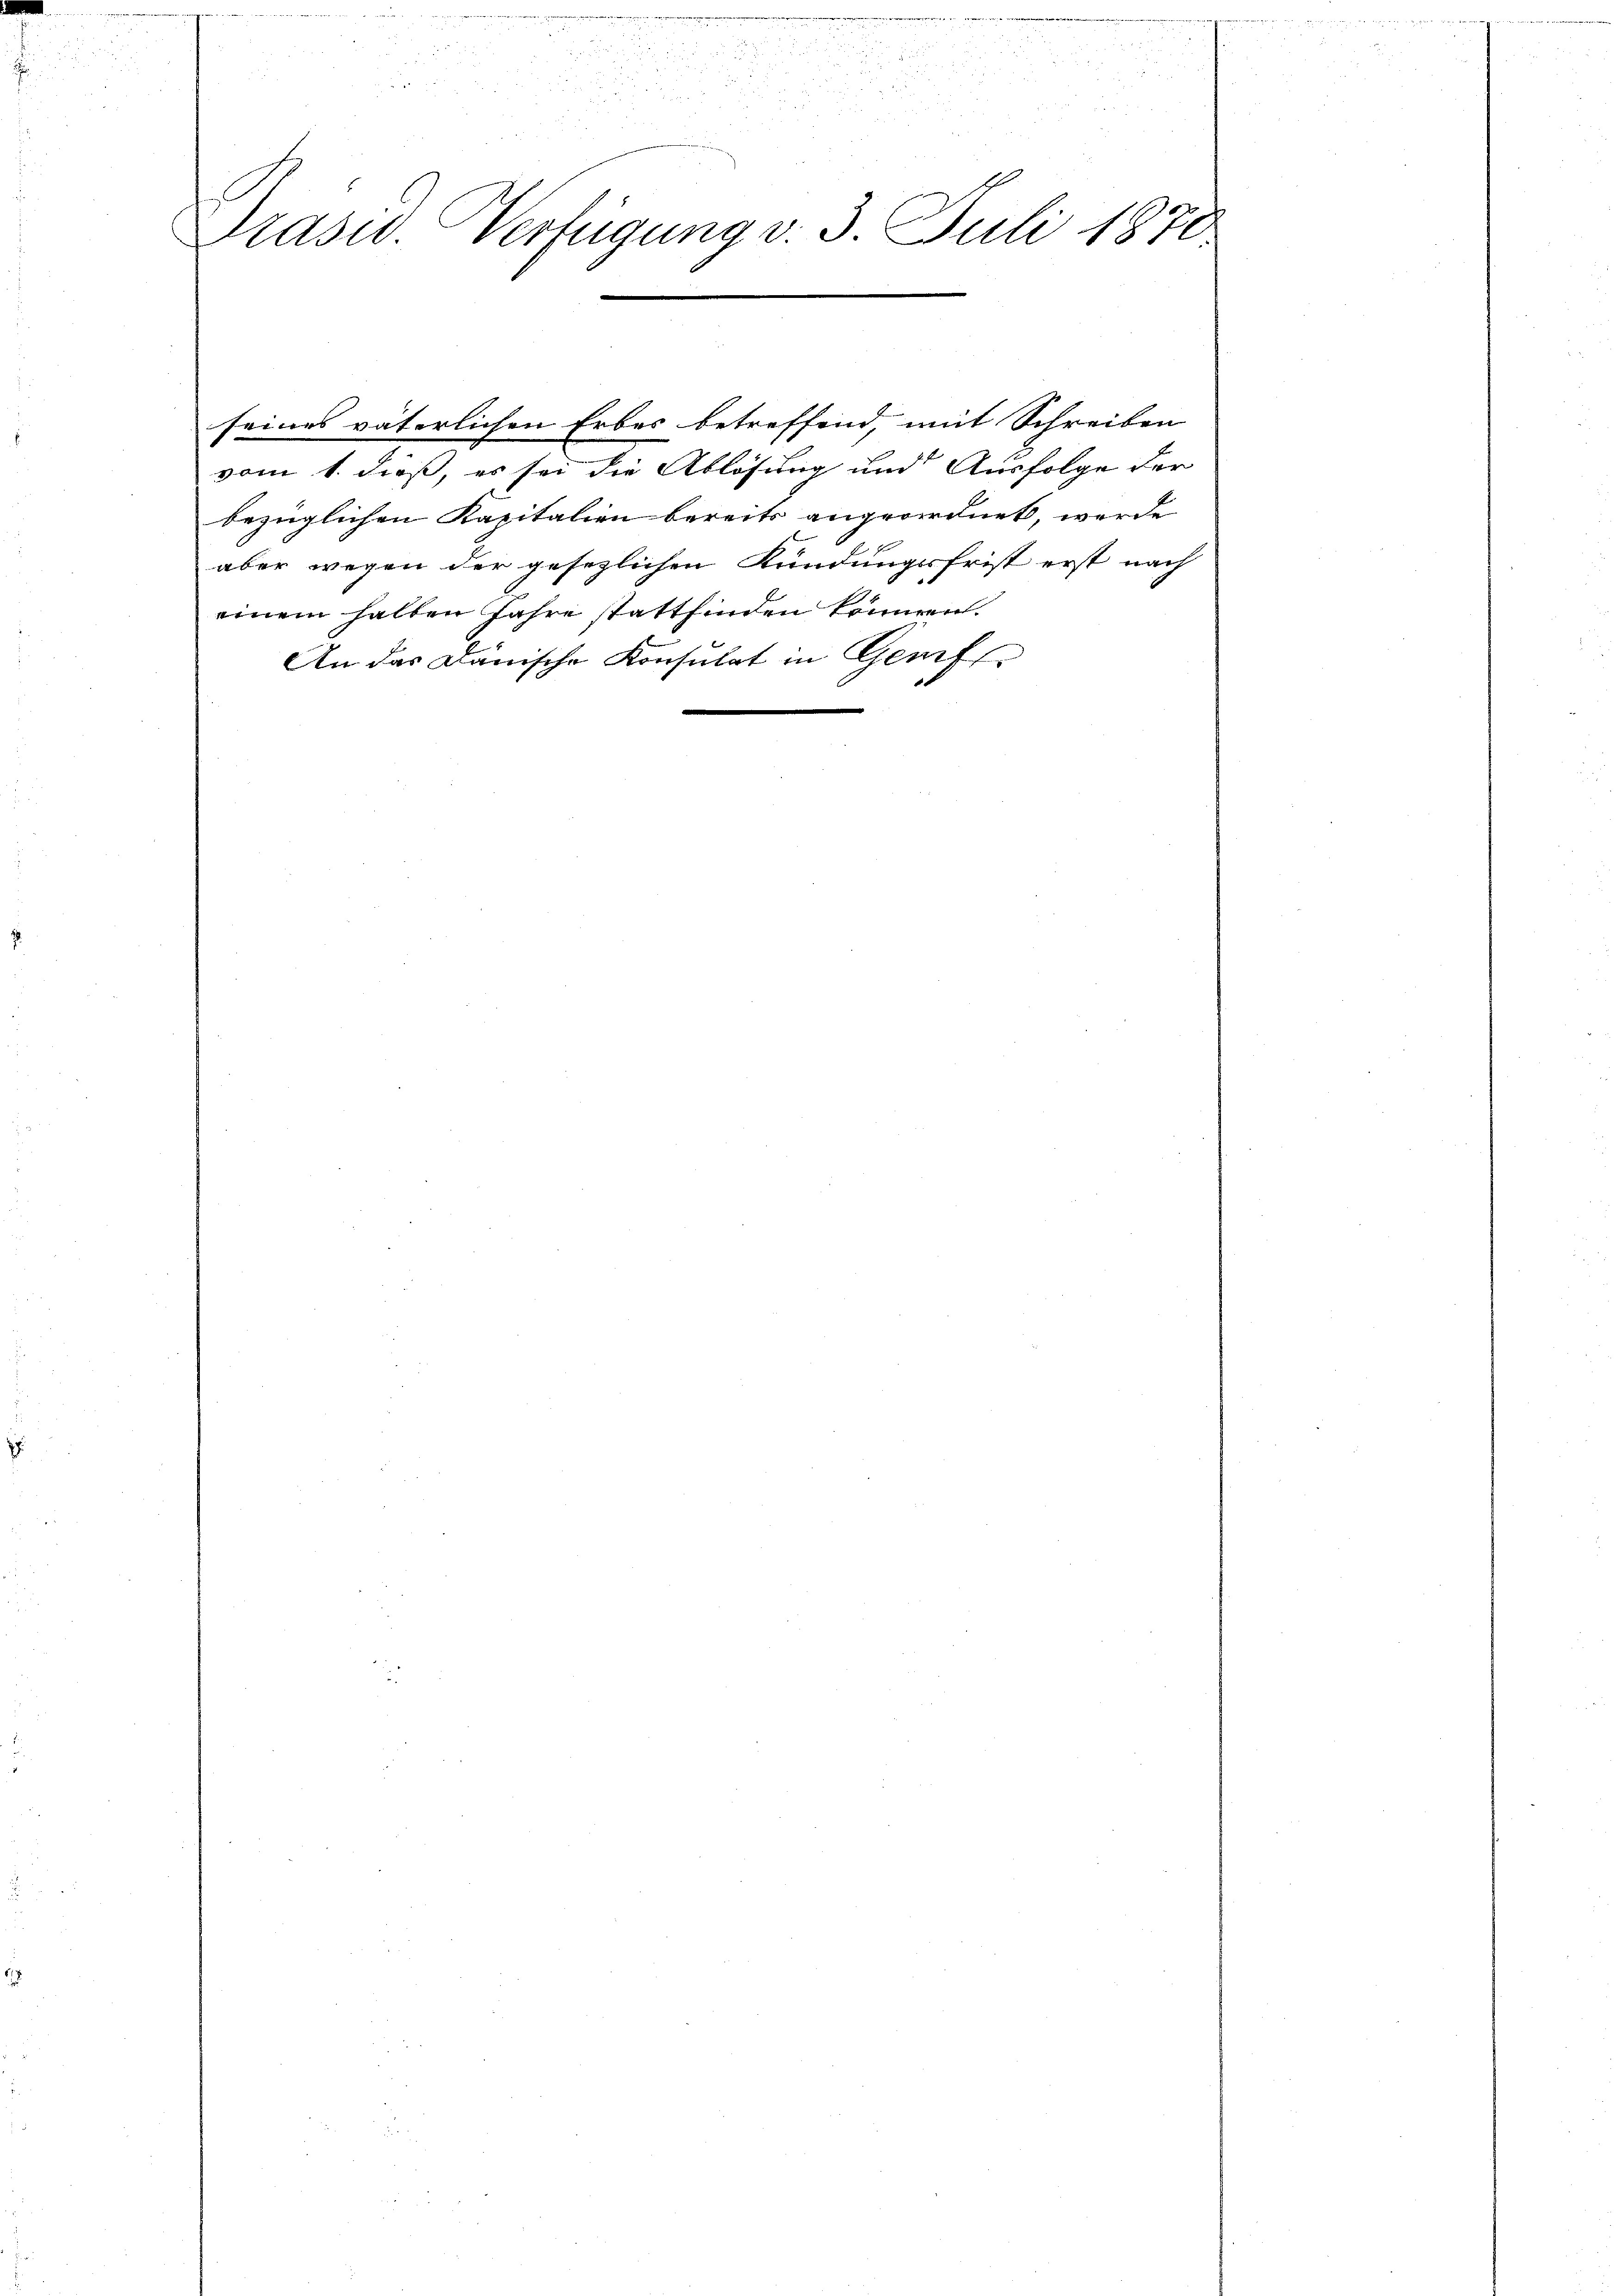
u

i
e
Prasid. Verfügung v. 3. Juli 1870

seines väterlichen Erbes betreffend, mit Schreiben
vom 1. dieß, es sei die Ablösung und Ausfolge der
bezüglichen Kapitalien bereits angeordnet, werde
aber wegen der gesezlichen Kündungsfrist erst nach
einem halben Jahre stattfinden können.
An das Dänische Konsulat in Genf